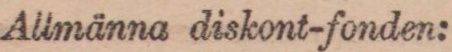
Allmänna diskont-fonden: